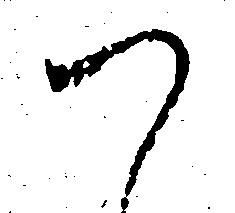
つ